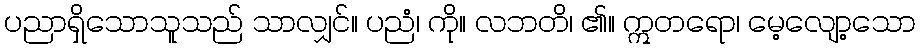
ပညာရှိသောသူသည် သာလျှင်။ ပညံ၊ ကို။ လဘတိ၊ ၏။ ဣတရော၊ မေ့လျော့သော